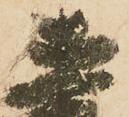
直